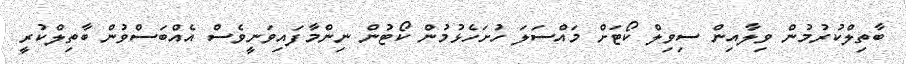
ބާތިލްކުރުމުން ވިލާއިން ސިވިލް ކޯޓަށް މައްސަލަ ހުށަހެޅުމުން ކޯޓުން ނިންމާފައިވަނީވެސް އެއްބަސްވުން ބާތިލްކުރީ